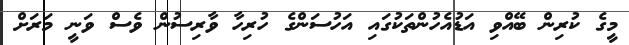
މީގެ ކުރިން ބޭއްވި އަޑުއެހުންތަކުގައި އަހުސަންގެ ހުރިހާ ވާރިސުން ވެސް ވަނީ މަރަށް